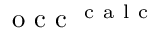
\mathrm { ~ o ~ c ~ c ~ } ^ { \mathrm { ~ c ~ a ~ l ~ c ~ } }